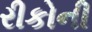
રીકોની